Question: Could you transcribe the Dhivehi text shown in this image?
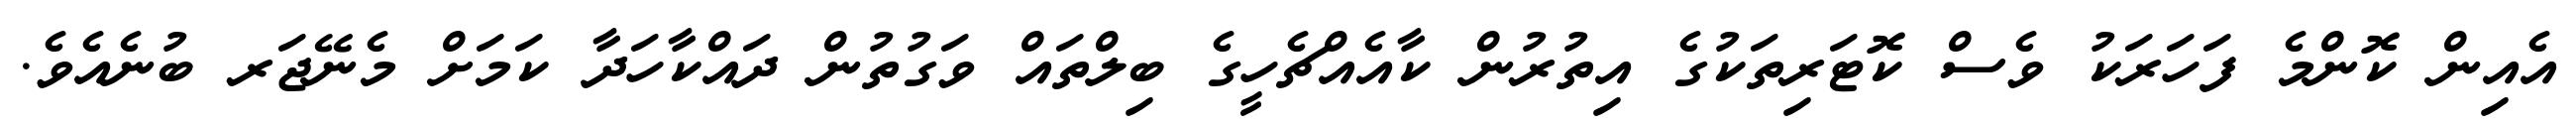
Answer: އެއިން ކޮންމެ ފަހަރަކު ވެސް ކޮޓަރިތަކުގެ އިތުރުން ކާއެއްޗެހީގެ ބިލްތައް ވަގުތުން ދައްކާހަދާ ކަމަށް މެނޭޖަރ ބުނެއެވެ.